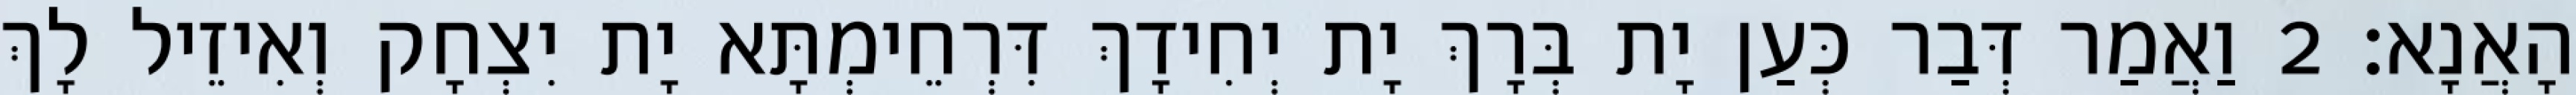
הָאֲנָא׃ 2 וַאֲמַר דְּבַר כְּעַן יָת בְּרָךְ יָת יְחִידָךְ דִּרְחֵימְתָּא יָת יִצְחָק וְאִיזֵיל לָךְ